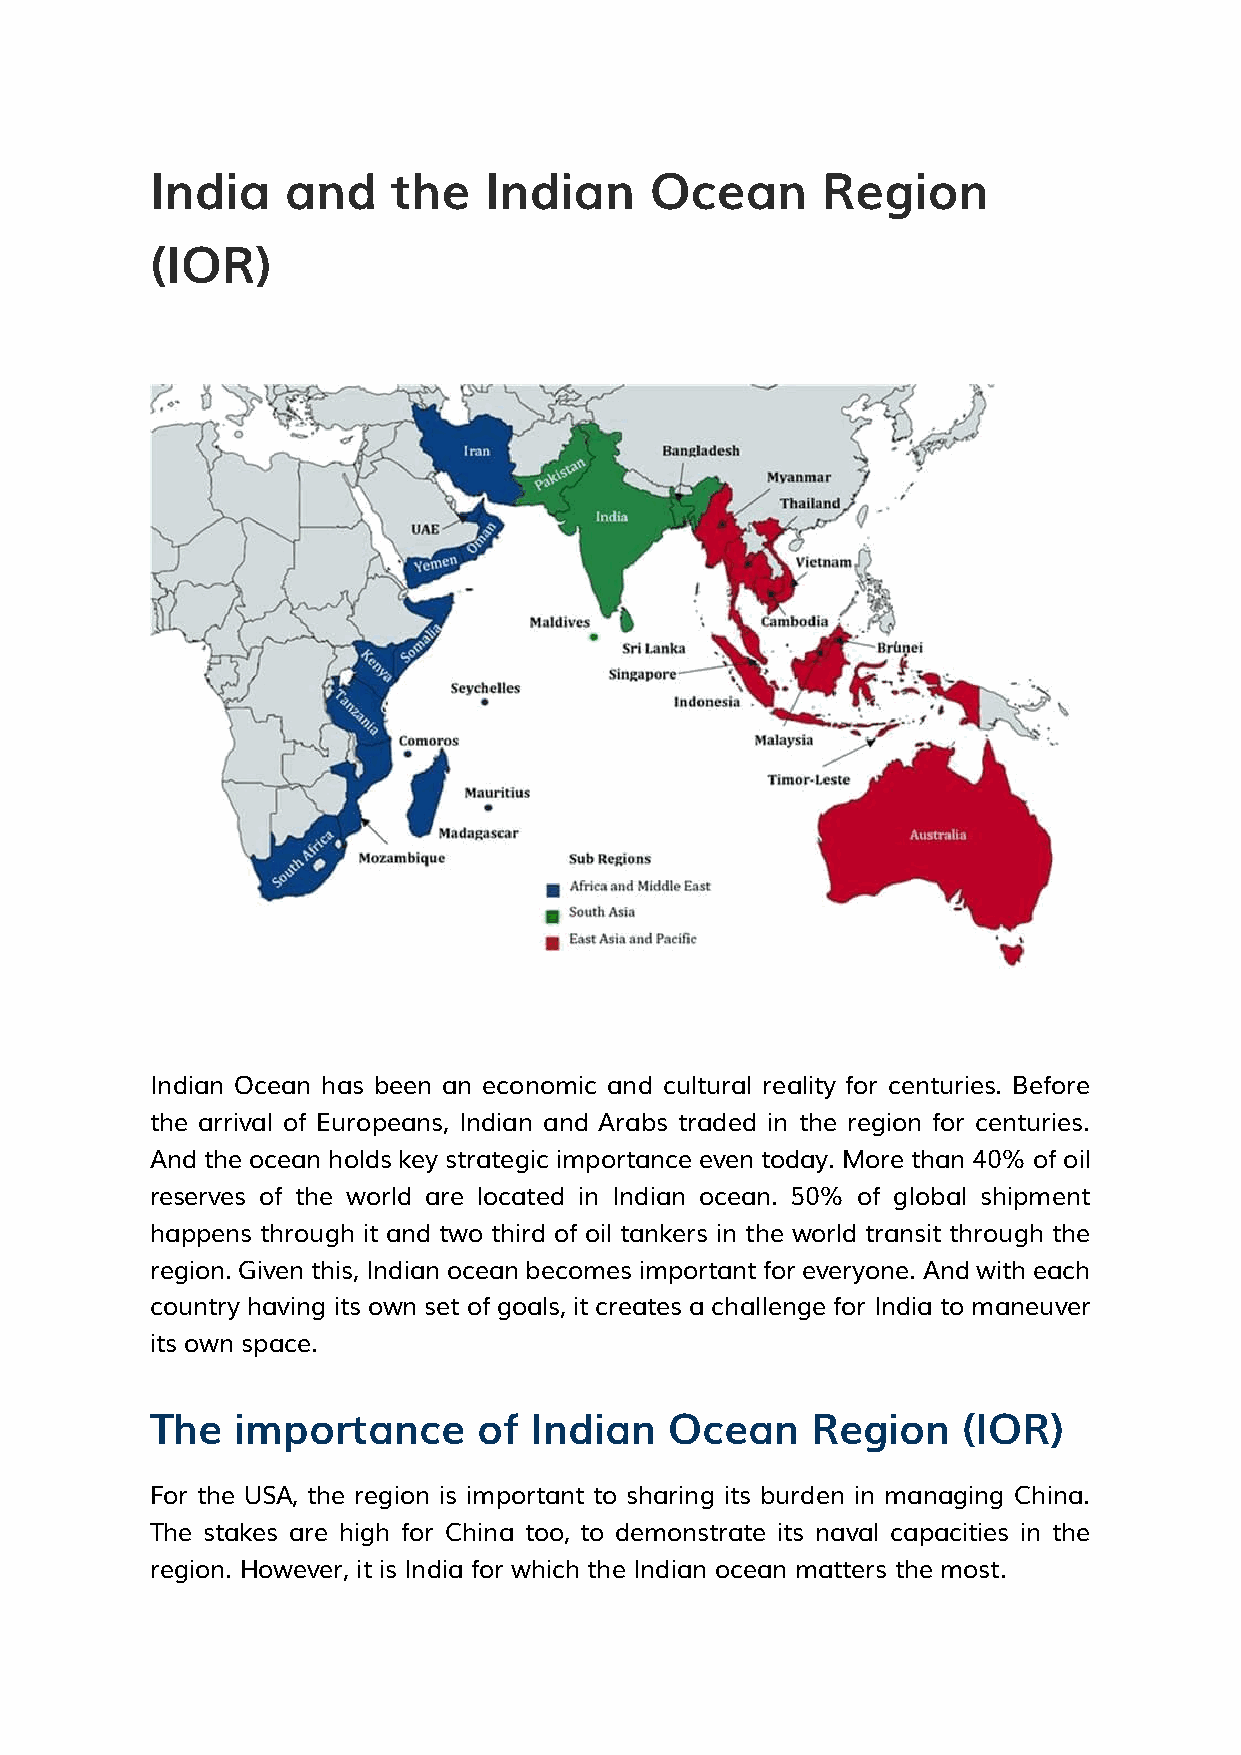
India    and    the   Indian     Ocean      Region
 (IOR)
 Indian Ocean has been an economic and cultural reality for centuries. Before
 the arrival of Europeans, Indian and Arabs traded in the region for centuries.
 And the ocean holds key strategic importance even today. More than 40% of oil
 reserves of the world are located in Indian ocean. 50% of global shipment
 happens through it and two third of oil tankers in the world transit through the
 region. Given this, Indian ocean becomes important for everyone. And with each
 country having its own set of goals, it creates a challenge for India to maneuver
 its own space.
 The   importance      of Indian   Ocean     Region    (IOR)
 For the USA, the region is important to sharing its burden in managing China.
 The stakes are high for China too, to demonstrate its naval capacities in the
 region. However, it is India for which the Indian ocean matters the most.